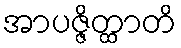
အာပဇ္ဇိတ္ထာတိ